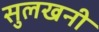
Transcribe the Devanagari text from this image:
सुलखनी